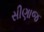
સીણાજ